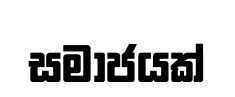
සමාජයක්